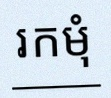
រកមុំ